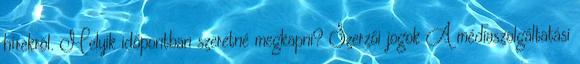
hírekről. Melyik időpontban szeretné megkapni? Szerzői jogok A médiaszolgáltatási